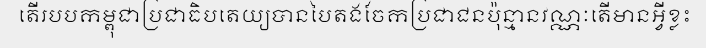
តើរបបកម្ពុជាប្រជាធិបតេយ្យបានបៃតងចែកប្រជាជនប៉ុន្មានវណ្ណៈតើមានអ្វីខ្លះ